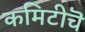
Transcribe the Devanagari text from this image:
कमिटीचॆ